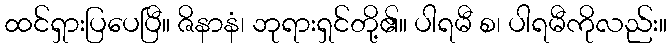
ထင်ရှားပြပေပြီ။ ဇိနာနံ၊ ဘုရားရှင်တို့၏။ ပါရမီ စ၊ ပါရမီကိုလည်း။